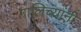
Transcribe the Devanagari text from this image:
गालिच्यांनी